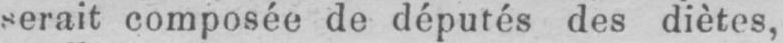
serait composée de députes des diètes,